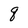
Character: q